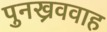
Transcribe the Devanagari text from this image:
पुनख्रववाह